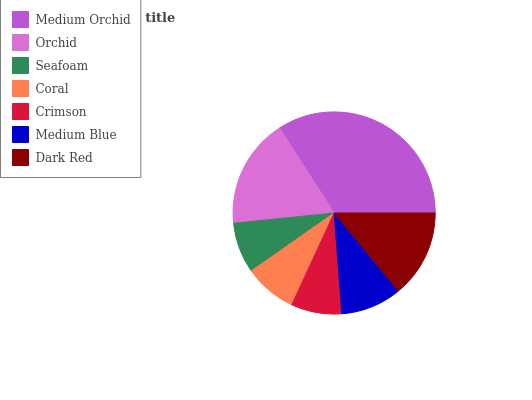
| Medium Orchid | Orchid | Seafoam | Coral | Crimson | Medium Blue | Dark Red |
 | --- | --- | --- | --- | --- | --- | --- |
 | 34.1% | 17.5% | 8.11% | 8.39% | 8.11% | 9.76% | 14% |